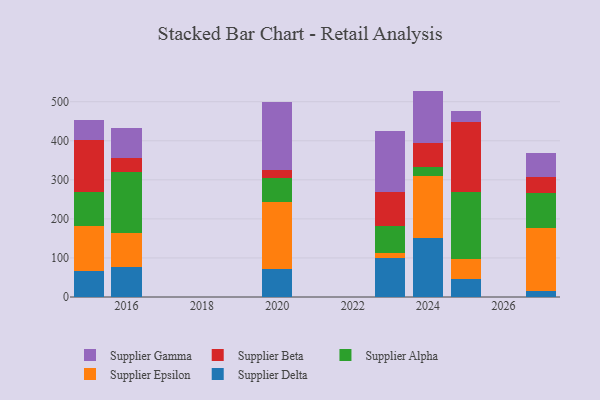
{"axis": {"x": "Year", "y": "Inventory Turnover"}, "legend": ["Supplier Alpha", "Supplier Beta", "Supplier Delta", "Supplier Epsilon", "Supplier Gamma"], "data": [{"x": "2024", "y": 151.2, "type": "Supplier Delta"}, {"x": "2024", "y": 157.4, "type": "Supplier Epsilon"}, {"x": "2024", "y": 24.5, "type": "Supplier Alpha"}, {"x": "2024", "y": 61.0, "type": "Supplier Beta"}, {"x": "2024", "y": 133.7, "type": "Supplier Gamma"}, {"x": "2016", "y": 77.1, "type": "Supplier Delta"}, {"x": "2016", "y": 86.2, "type": "Supplier Epsilon"}, {"x": "2016", "y": 157.1, "type": "Supplier Alpha"}, {"x": "2016", "y": 34.4, "type": "Supplier Beta"}, {"x": "2016", "y": 77.6, "type": "Supplier Gamma"}, {"x": "2023", "y": 99.4, "type": "Supplier Delta"}, {"x": "2023", "y": 14.0, "type": "Supplier Epsilon"}, {"x": "2023", "y": 67.3, "type": "Supplier Alpha"}, {"x": "2023", "y": 87.3, "type": "Supplier Beta"}, {"x": "2023", "y": 157.0, "type": "Supplier Gamma"}, {"x": "2015", "y": 65.7, "type": "Supplier Delta"}, {"x": "2015", "y": 117.2, "type": "Supplier Epsilon"}, {"x": "2015", "y": 86.6, "type": "Supplier Alpha"}, {"x": "2015", "y": 131.9, "type": "Supplier Beta"}, {"x": "2015", "y": 51.9, "type": "Supplier Gamma"}, {"x": "2020", "y": 70.5, "type": "Supplier Delta"}, {"x": "2020", "y": 173.2, "type": "Supplier Epsilon"}, {"x": "2020", "y": 62.2, "type": "Supplier Alpha"}, {"x": "2020", "y": 19.7, "type": "Supplier Beta"}, {"x": "2020", "y": 174.1, "type": "Supplier Gamma"}, {"x": "2027", "y": 16.4, "type": "Supplier Delta"}, {"x": "2027", "y": 159.2, "type": "Supplier Epsilon"}, {"x": "2027", "y": 91.3, "type": "Supplier Alpha"}, {"x": "2027", "y": 40.9, "type": "Supplier Beta"}, {"x": "2027", "y": 60.1, "type": "Supplier Gamma"}, {"x": "2025", "y": 45.0, "type": "Supplier Delta"}, {"x": "2025", "y": 51.5, "type": "Supplier Epsilon"}, {"x": "2025", "y": 172.3, "type": "Supplier Alpha"}, {"x": "2025", "y": 179.2, "type": "Supplier Beta"}, {"x": "2025", "y": 29.1, "type": "Supplier Gamma"}]}